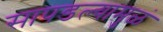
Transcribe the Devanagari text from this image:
सापडल्यामुळं